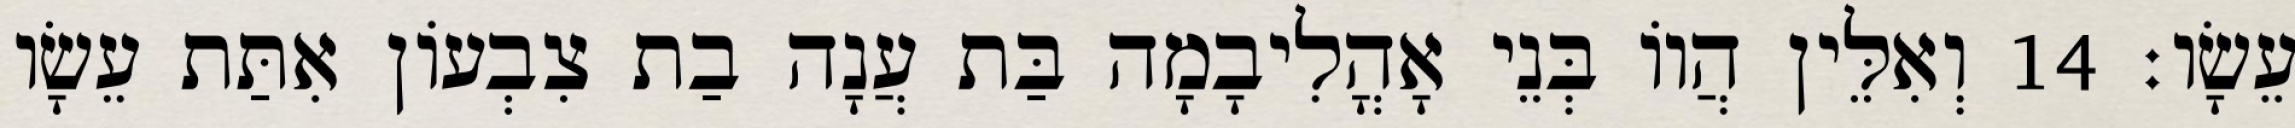
עֵשָׂו׃ 14 וְאִלֵּין הֲווֹ בְּנֵי אָהֳלִיבָמָה בַּת עֲנָה בַת צִבְעוֹן אִתַּת עֵשָׂו